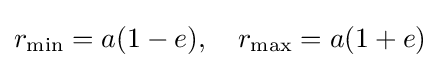
r_{\text{min}}=a(1-e),\quad r_{\text{max}}=a(1+e)